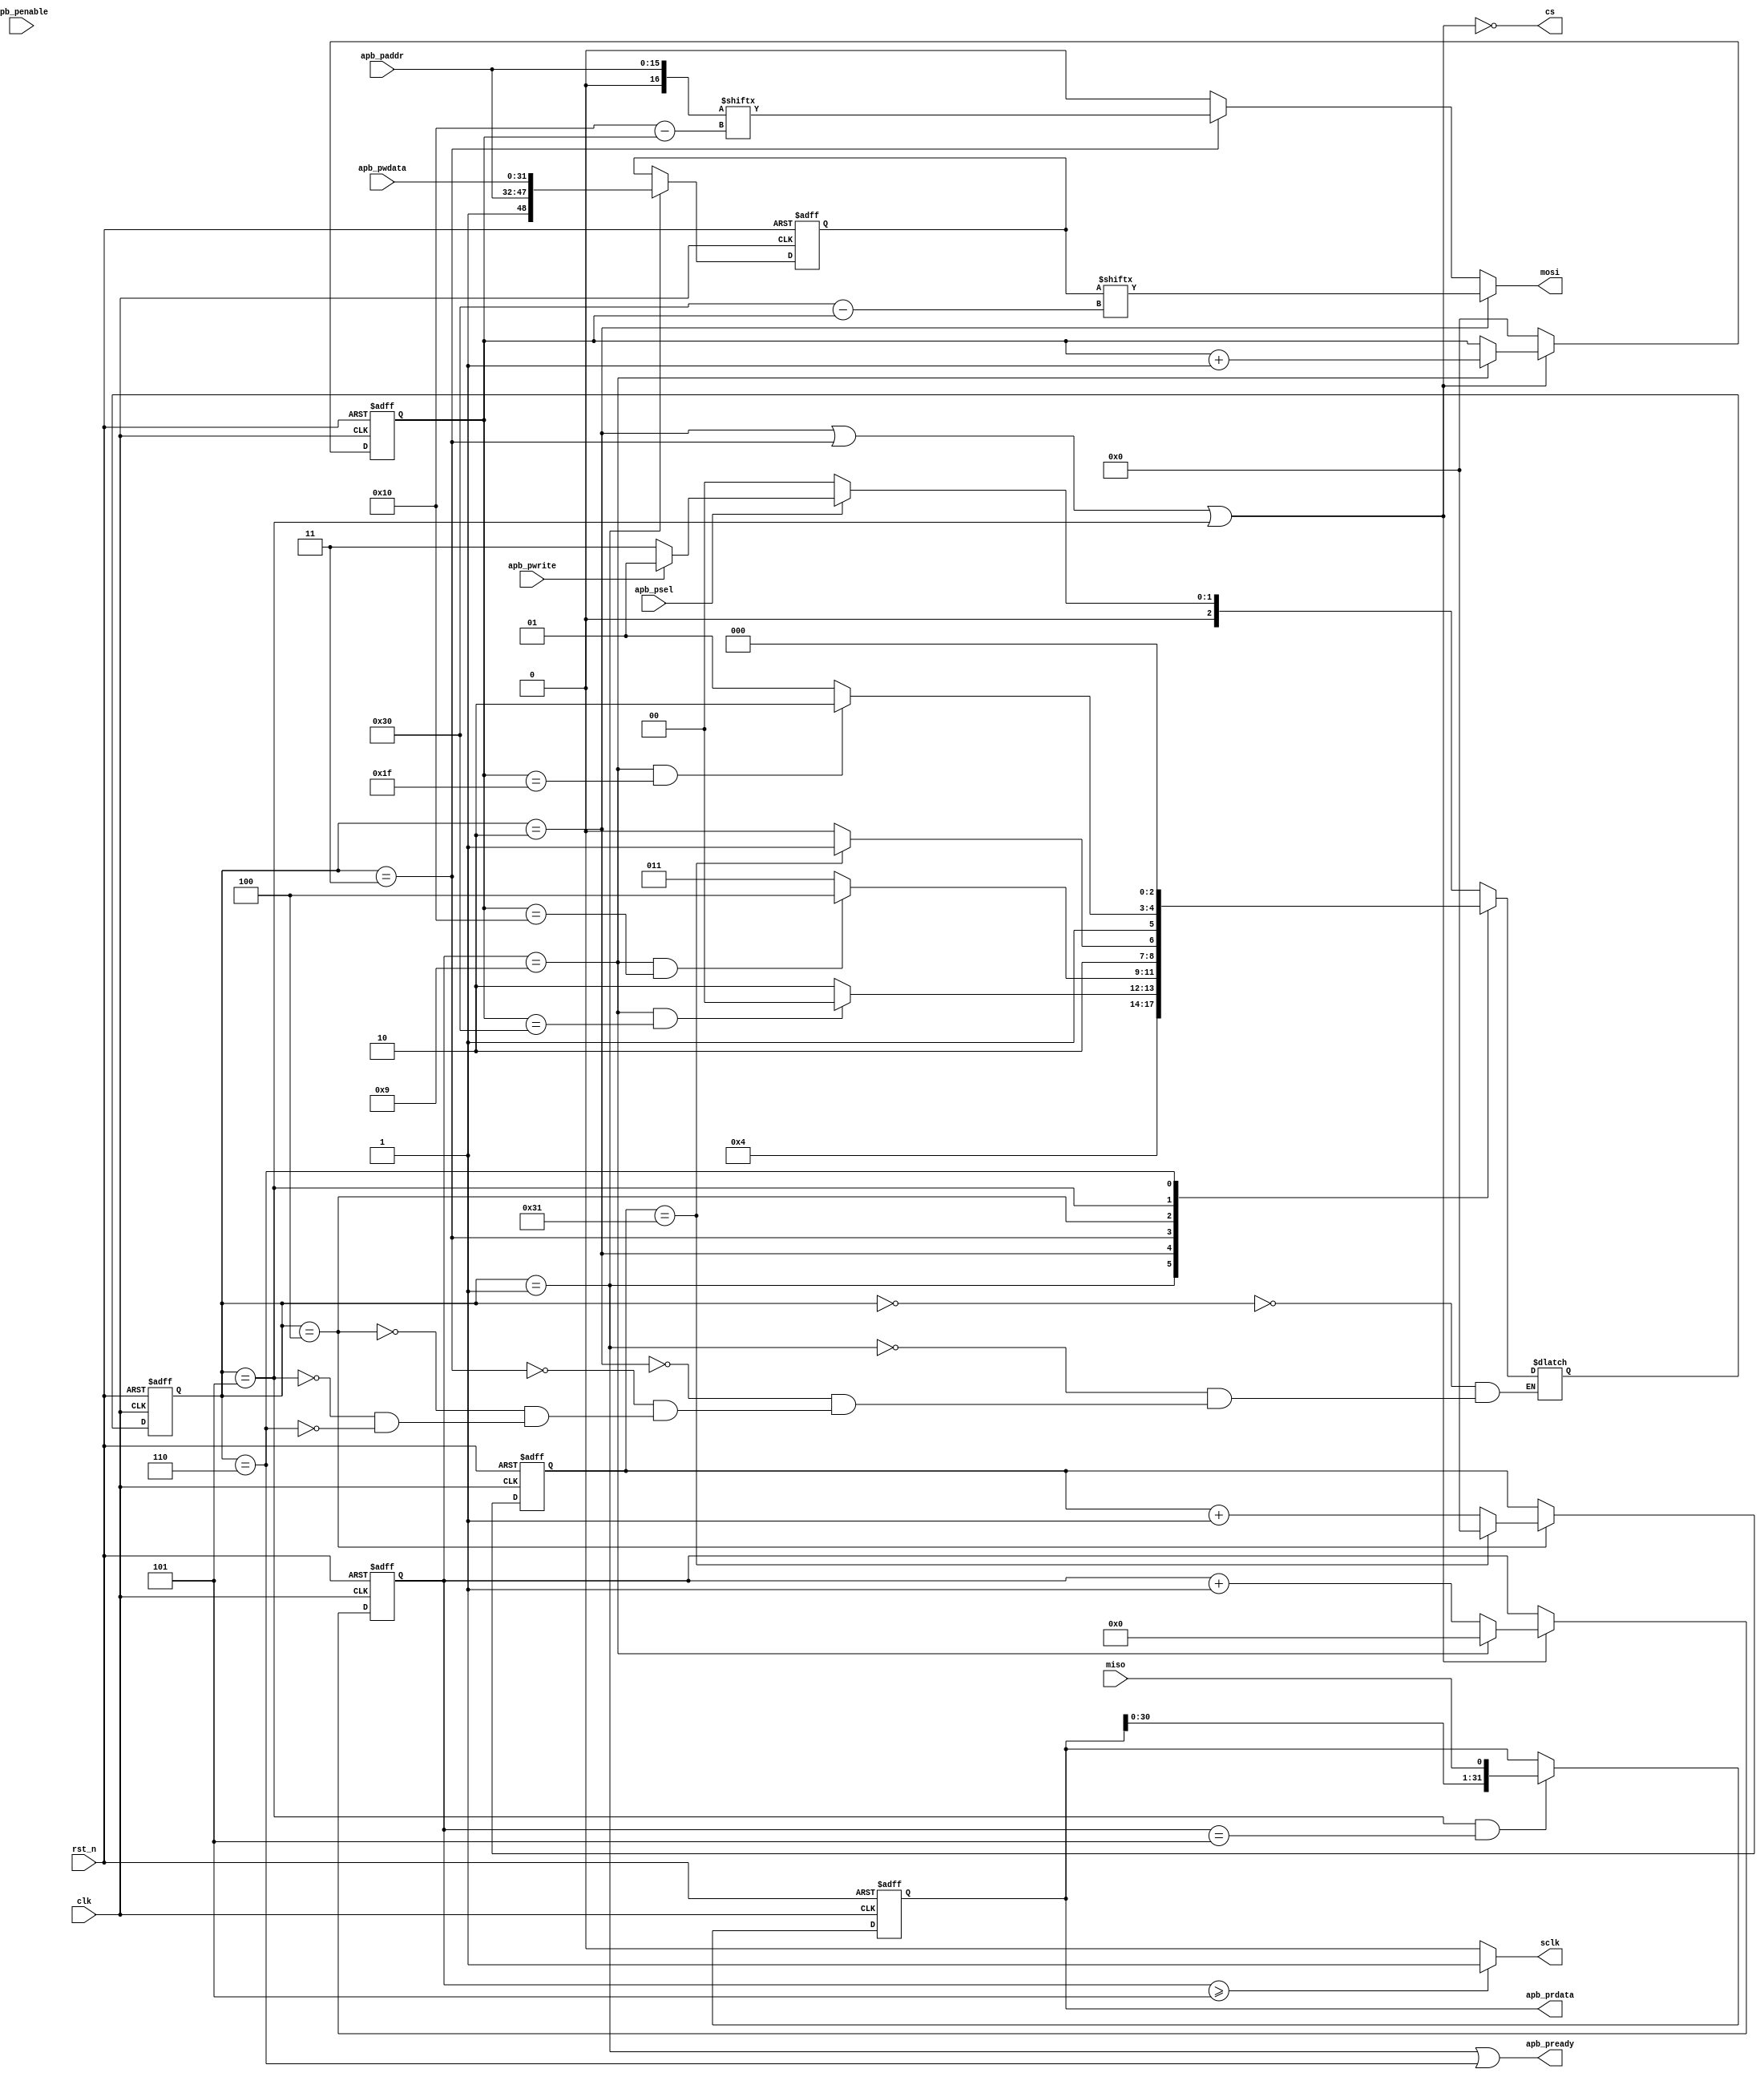
module apb2spi #(
    parameter APB_ADDR_WIDTH = 16,
    parameter APB_DATA_WIDTH = 32
)(
    input                       clk        ,
    input                       rst_n      ,
    input                       apb_psel   ,
    input                       apb_penable,
    input                       apb_pwrite ,

    input  [APB_ADDR_WIDTH-1:0] apb_paddr  ,
    input  [APB_DATA_WIDTH-1:0] apb_pwdata ,
    output                      apb_pready ,
    output [APB_DATA_WIDTH-1:0] apb_prdata ,

    output                      sclk       ,
    output                      cs         ,
    output                      mosi       ,
    input                       miso 
);

parameter IDLE           = 3'd0,
          W_WAIT         = 3'd1,
          W_CMD_SEND     = 3'd2,
          R_CMD_SEND     = 3'd3,
          R_DELAY        = 3'd4,
          R_RCV_DATA     = 3'd5,
          APB_RDATA_SEND = 3'd6;

reg [2:0] fsm_cs;
reg [2:0] fsm_ns;

reg [3:0] spi_clk_cnt   ;
reg [5:0] spi_bit_cnt   ;
reg [5:0] delay_cnt     ;
wire      spi_clk_cnt_en;
wire      delay_cnt_en  ;

//APB cmd buf and spi read buf
reg  [48:0] cmd_buf   ;
wire [16:0] r_cmd     ;
reg  [31:0] prdata_buf;

always@(posedge clk or negedge rst_n) begin
if(!rst_n)
    fsm_cs <= IDLE;
else
    fsm_cs <= fsm_ns;
end

always@(*) begin
case(fsm_cs)
    IDLE:begin
        if(apb_psel)
            fsm_ns = apb_pwrite? W_WAIT: R_CMD_SEND;
        else
            fsm_ns = IDLE;
    end
    W_WAIT:
        fsm_ns = W_CMD_SEND;
    W_CMD_SEND:begin
        if(spi_clk_cnt==4'd9 && spi_bit_cnt==6'd48)
            fsm_ns = IDLE;
        else
            fsm_ns = W_CMD_SEND;
    end
    R_CMD_SEND:begin
        if(spi_clk_cnt==4'd9 && spi_bit_cnt==6'd16)
            fsm_ns = R_DELAY;
        else
            fsm_ns = R_CMD_SEND;
    end
    R_DELAY:begin
        if(delay_cnt == 6'd49)
            fsm_ns = R_RCV_DATA;
        else
            fsm_ns = R_DELAY;
    end
    R_RCV_DATA:begin
        if(spi_clk_cnt==4'd9 && spi_bit_cnt==6'd31)
            fsm_ns = APB_RDATA_SEND;
        else
            fsm_ns = R_RCV_DATA;
    end
    APB_RDATA_SEND:
        fsm_ns = IDLE;
endcase
end

//write cmd sample
always@(posedge clk or negedge rst_n) begin
if(!rst_n)
    cmd_buf <= 49'd0; 
else if(fsm_cs == W_WAIT) // psel=1 penable=1 pready=1
    cmd_buf <= {1'b1,apb_paddr,apb_pwdata};
end

//if read, apb_paddr keeps unchanged until pready=1
assign r_cmd = {1'b0, apb_paddr};

//cnt logic 
assign spi_clk_cnt_en = fsm_cs==W_CMD_SEND || fsm_cs==R_CMD_SEND || fsm_cs==R_RCV_DATA;

always@(posedge clk or negedge rst_n) begin
if(!rst_n)
    spi_clk_cnt <= 4'd0;
else if(spi_clk_cnt_en) begin
    if(spi_clk_cnt == 4'd9)
        spi_clk_cnt <= 4'd0;
    else
        spi_clk_cnt <= spi_clk_cnt + 4'd1;
    end
end

always@(posedge clk or negedge rst_n) begin
if(!rst_n)
    spi_bit_cnt <= 6'd0;
else if(spi_clk_cnt_en) begin
    if(spi_clk_cnt == 4'd9)
        spi_bit_cnt <= spi_bit_cnt + 6'd1;
    end
else
    spi_bit_cnt <= 6'd0;
end

//spi interface logic
assign sclk = (spi_clk_cnt >= 6'd5)? 1'b1: 1'b0;
assign cs   = !spi_clk_cnt_en;
assign mosi = (fsm_cs == W_CMD_SEND)? cmd_buf[6'd48-spi_bit_cnt]:
              (fsm_cs == R_CMD_SEND)? r_cmd[6'd16-spi_bit_cnt]:1'b0;              

//apb_pready cannot be pulled up at will
assign apb_pready = fsm_cs==W_WAIT || fsm_cs==APB_RDATA_SEND;

//spi read logic
always@(posedge clk or negedge rst_n) begin
if(!rst_n)
    prdata_buf <= 32'd0;
else if(fsm_cs==R_RCV_DATA && spi_clk_cnt==6'd5)
    prdata_buf <= {prdata_buf[30:0], miso};
end

assign apb_prdata = prdata_buf;

assign delay_cnt_en = fsm_cs==R_DELAY;

always@(posedge clk or negedge rst_n) begin
if(!rst_n)
    delay_cnt <= 6'd0;
else if(delay_cnt_en) begin
    if(delay_cnt == 6'd49)
        delay_cnt <= 6'd0;
    else
        delay_cnt <= delay_cnt + 6'd1;
    end    
end

endmodule